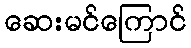
ဆေးမင်ကြောင်